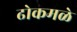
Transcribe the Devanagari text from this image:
ढोकमळे